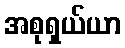
အစုရှယ်ယာ